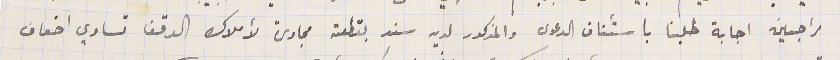
راجين اجابة طلبنا باستئناف الدعوى والمذكور لديه سند بقطعة مجاورة لأملاك الوقف تساوي اضعاف